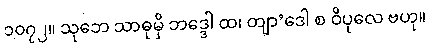
၁၀၇၂။ သုဘေ သာဓုမှိ ဘဒ္ဒေါ ထ၊ တျာ’ဒေါ စ ဝိပုလေ ဗဟု။